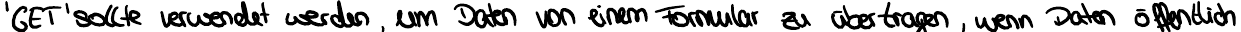
'GET' sollte verwendet werden, um Daten von einem Formular zu übertragen, wenn Daten öffentlich